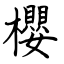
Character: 櫻